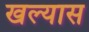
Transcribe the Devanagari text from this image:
खल्यास